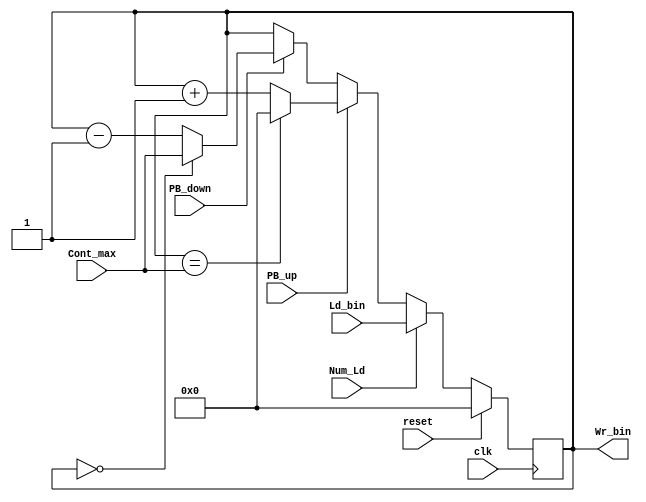
`timescale 1ns / 1ps
//////////////////////////////////////////////////////////////////////////////////
// Company: 
// 
// Design Name: 
// Module Name:    Contador_entradas 
// Project Name: 
// Target Devices: 
// Tool versions: 
// Description: 
//
// Dependencies: 
//
// Revision: 
// Revision 0.01 - File Created
// Additional Comments: 
//
//////////////////////////////////////////////////////////////////////////////////
module Contador_entradas(
	input Num_Ld,PB_up,PB_down,clk,reset,
	input [6:0] Cont_max, Ld_bin,
	output reg [6:0] Wr_bin
    );

always @(posedge clk)
begin
	if (reset)
		Wr_bin = 7'b0000000;
	else if (Num_Ld)
		Wr_bin = Ld_bin;
	else if (PB_up)
		begin
		if (Wr_bin == Cont_max)
			Wr_bin = 7'b0000000;
		else
			Wr_bin = Wr_bin + 1'b1;
		end
	else if (PB_down)
		begin
		if (Wr_bin == 7'b0000000)
			Wr_bin = Cont_max;
		else
			Wr_bin = Wr_bin - 1'b1;
		end
end
		
endmodule